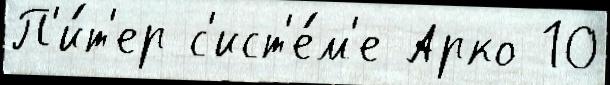
П'и́т'ер с'ист'е́м'е Арко 10